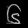
Digit: ၆